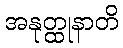
အနုတ္ထုနာတိ